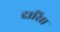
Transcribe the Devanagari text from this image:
दारिद्य